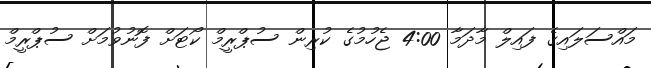
މައްސަލައިގެ ފައިލް މާދަމާ 4:00 ޖެހުމުގެ ކުރިން ސުޕްރީމް ކޯޓަށް ފޮނުވުމަށް ސުޕްރީމް